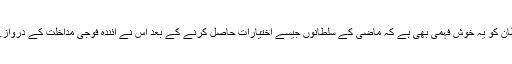
ترکی کے نئے سلطان کو یہ خوش فہمی بھی ہے کہ ماضی کے سلطانوں جیسے اختیارات حاصل کرنے کے بعد اس نے آئندہ فوجی مداخلت کے دروازے بند کر دئیے ہیں۔